Vaccination in Bombay 1874-1876 - 1874-1876
Year: 1874
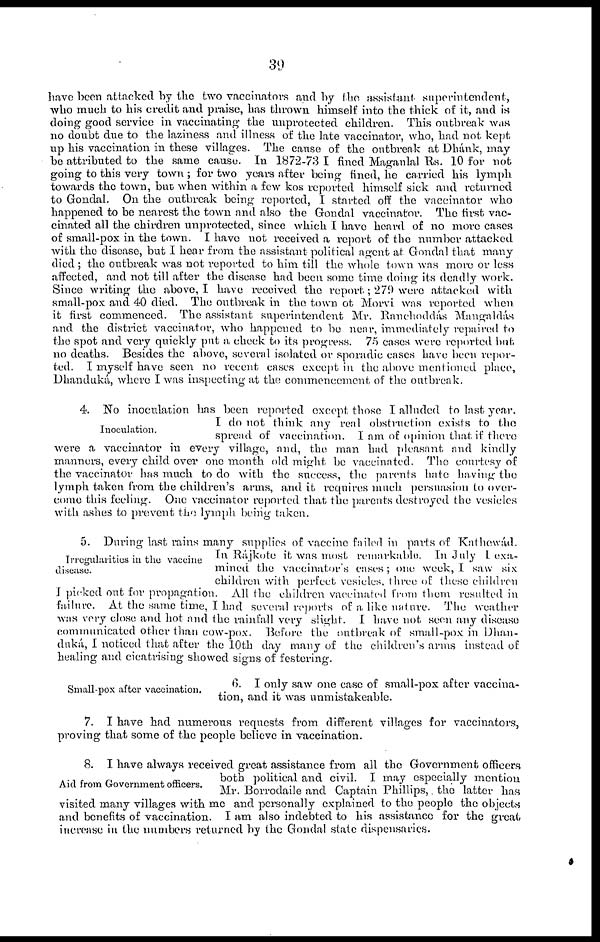
39
have been attacked by the two vaccinators and by the assistant superintendent,
who much to his credit and praise, has thrown himself into the thick of it, and is
doing good service in vaccinating the unprotected children. This outbreak was
no doubt due to the laziness and illness of the late vaccinator, who, had not kept
up his vaccination in these villages. The cause of the outbreak at Dhánk, may
be attributed to the same cause. In 1872-73 I fined Maganlal Rs. 10 for not
going to this very town ; for two years after being fined, he carried his lymph
towards the town, but when within a few kos reported himself sick and returned
to Gondal. On the outbreak being reported, I started off the vaccinator who
happened to be nearest the town and also the Gondal vaccinator. The first vac-
cinated all the chirdren unprotected, since which I have heard of no more cases
of small-pox in the town. I have not received a report of the number attacked
with the disease, but I hear from the assistant political agent at Gondal that many
died ; the outbreak was not reported to him till the whole town was more or less
affected, and not till after the disease had been some time doing its deadly work.
Since writing the above, I have received the report; 279 were attacked with
small-pox and 40 died. The outbreak in the town ot Morvi was reported when
it first commenced. The assistant superintendent Mr. Ranchoddás Mangaldás
and the district vaccinator, who happened to be near, immediately repaired to
the spot and very quickly put a check to its progress. 75 cases were reported but.
no deaths. Besides the above, several isolated or sporadic cases have been repor-
ted. I myself have seen no recent cases except in the above mentioned place,
Dhanduká, where I was inspecting at the commencement of the outbreak.
Inoculation.
4. No inoculation has been reported except those I alluded to last year.
I do not think any real obstruction exists to the
spread of vaccination. I am of opinion that if there
were a vaccinator in every village, and, the man had pleasant and kindly
manners, every child over one month old might be vaccinated. The courtesy of
the vaccinator has much to do with the success, the parents hate having the
lymph taken from the children's arms, and it requires much persuasion to over-
come this feeling. One vaccinator reported that the parents destroyed the vesicles
with ashes to prevent the lymph being taken.
Irregularities in the vaccine
disease.
5. During last rains many supplies of vaccine failed in parts of Kathewád.
In Rajkote it was most remarkable. In July I exa-
mined the vaccinator's cases; one week, I saw six
children with perfect vesicles, three of these children
I picked out for propagation. All the children vaccinated from them resulted in
failure. At the same time, I had several reports of a like nature. The weather
was very close and hot and the rainfall very slight. I have not seen any disease
communicated other than cow-pox. Before the outbreak of small-pox in Dhan-
duká, I noticed that after the 10th day many of the children's arms instead of
healing and cicatrising showed signs of festering.
Small-pox after vaccination.
6. I only saw one case of small-pox after vaccina-
tion, and it was unmistakeable.
7. I have had numerous requests from different villages for vaccinators,
proving that some of the people believe in vaccination.
Aid from Government officers.
8. I have always received great assistance from all the Government officers
both political and civil. I may especially mention
Mr. Borrodaile and Captain Phillips, the latter has
visited many villages with me and personally explained to the people the objects
and benefits of vaccination. I am also indebted to his assistance for the great
increase in the numbers returned by the Gondal state dispensaries.